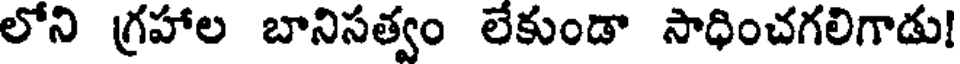
లోని గ్రహాల బానిసత్వం లేకుండా సాధించగలిగాడు!